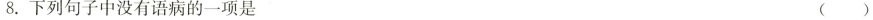
8.下列句子中没有语病的一项是 ( )